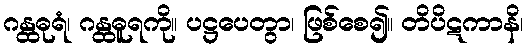
ဂန္ထဓုရံ၊ ဂန္ထဓူရကို။ ပဋ္ဌပေတွာ၊ ဖြစ်စေ၍။ တိပိဋကာနိ၊